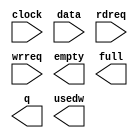
module mf_fifo128 (
	clock,
	data,
	rdreq,
	wrreq,
	empty,
	full,
	q,
	usedw);

	input	  clock;
	input	[15:0]  data;
	input	  rdreq;
	input	  wrreq;
	output	  empty;
	output	  full;
	output	[15:0]  q;
	output	[6:0]  usedw;

endmodule